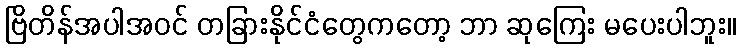
ဗြိတိန်အပါအဝင် တခြားနိုင်ငံတွေကတော့ ဘာ ဆုကြေး မပေးပါဘူး။